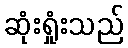
ဆုံးရှုံးသည်